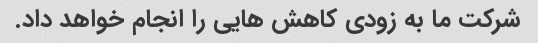
شرکت ما به زودی کاهش هایی را انجام خواهد داد.